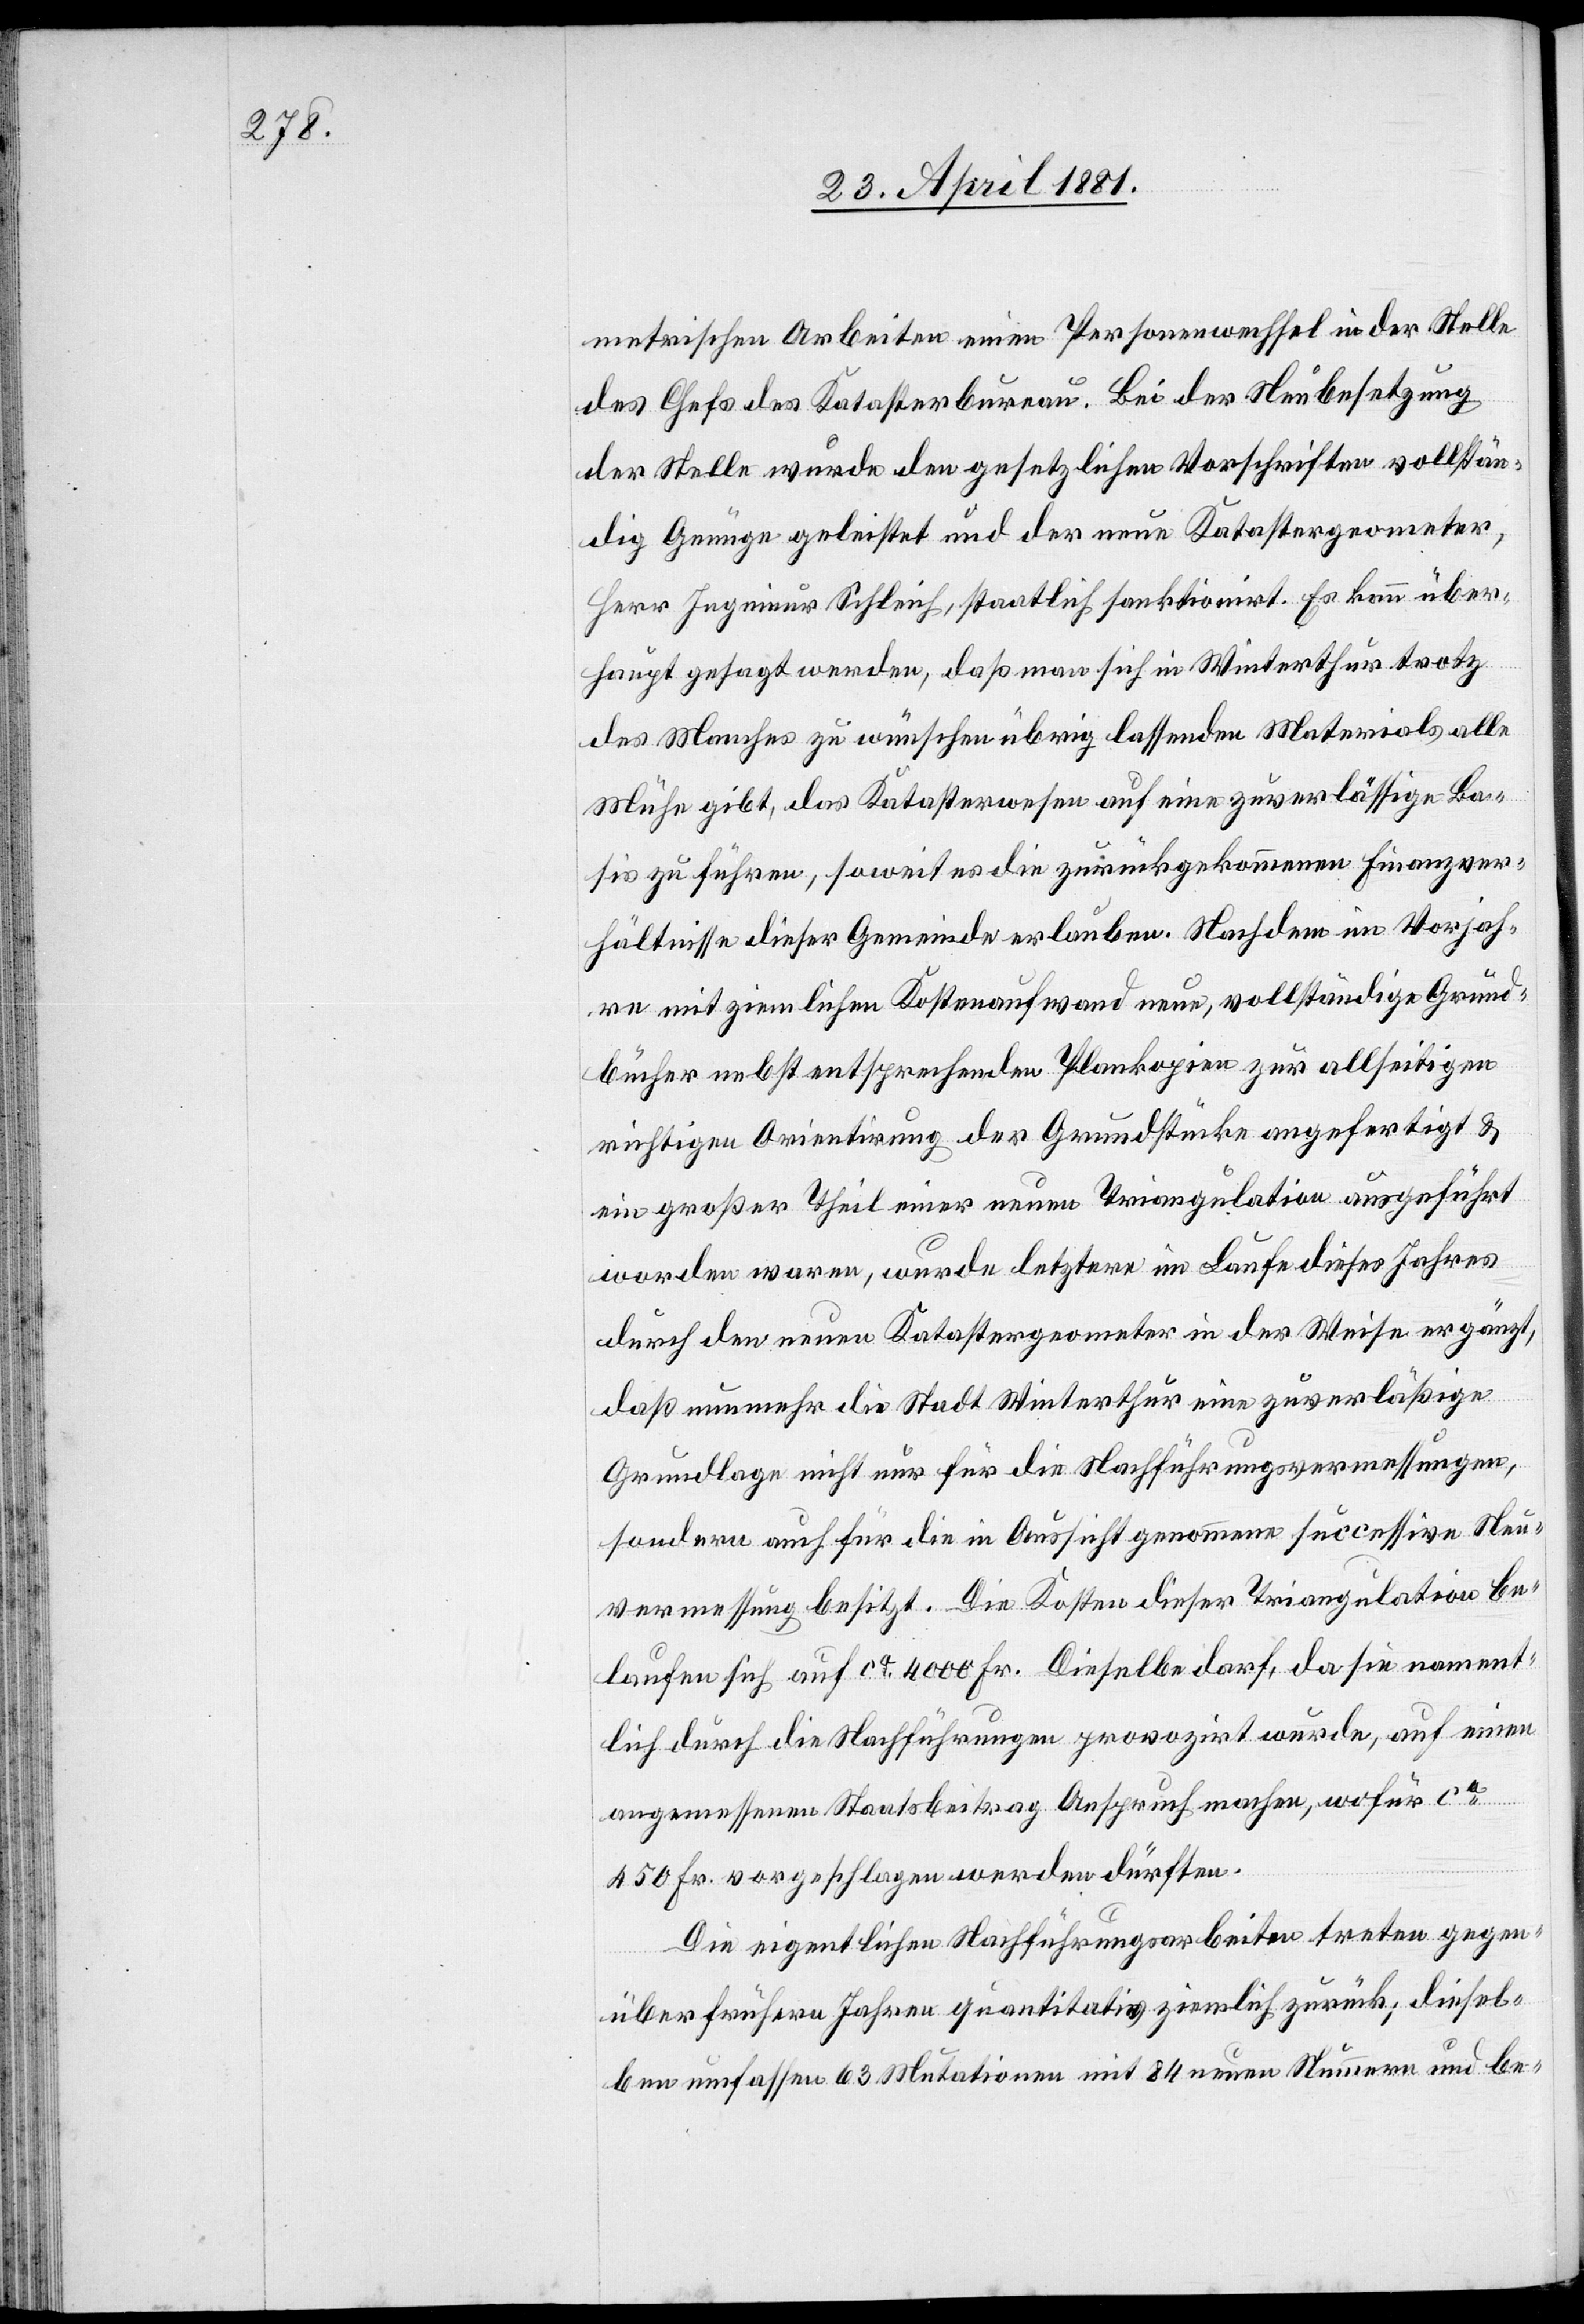
metrischen Arbeiten einen Personenwechsel in der Stelle
des Chefs des Katasterbureau. Bei der Neubesetzung
der Stelle wurde den gesetzlichen Vorschriften vollstän¬
dig Genüge geleistet und der neue Katastergeometer,
Herr Ingenieur Schleich, staatlich sanktionirt. Es kann über¬
haupt gesagt werden, daß man sich in Winterthur trotz
des Manches zu wünschen übrig lassenden Materials alle
Mühe gibt, das Katasterwesen auf eine zuverlässige Ba¬
sis zu führen, soweit es die zurückgekommenen Finanzver¬
hältnisse dieser Gemeinde erlauben. Nachdem im Vorjah¬
re mit ziemlichen Kostenaufwendungen, vollständige Grund¬
bücher nebst entsprechenden Plankopien zur allseitigen
richtigen Orientirung der Grundstücke angefertigt &
ein großer Theil einer neuen Triangulation ausgeführt
worden waren, wurde letztere im Laufe dieses Jahres
durch den neuen Katastergeometer in der Weise ergänzt,
daß nunmehr die Stadt Winterthur eine zuverläßige
Grundlage nicht nur für die Nachführungsvermessungen,
sondern auch für die in Aussicht genommene successive Neu¬
vermessung besitzt. Die Kosten dieser Triangulation be¬
laufen sich auf ca 4000 Fr. Dieselbe darf, da sie nament¬
lich durch die Nachführungen provozirt wurde, auf einen
angemessenen Staatsbeitrag Anspruch machen, wofür ca
450 Fr. vorgeschlagen werden dürften.
Die eigentlichen Nachführungsarbeiten treten gegen¬
über frühern Jahren quantitativ ziemlich zurück; diesel¬
ben umfassen 63 Mutationen mit 84 neuen Nummern und be-